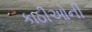
કાઠીઓની